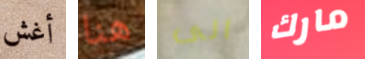
أغش هنا الى مارك